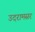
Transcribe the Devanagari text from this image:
उदरामसर